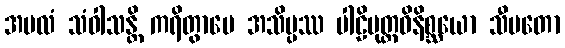
အဗလံ သံဝါသန္တိ ကရိတွာပေ အသိပ္ပဿ ပါဠိမုတ္တဝိနိစ္ဆယော သီမတော